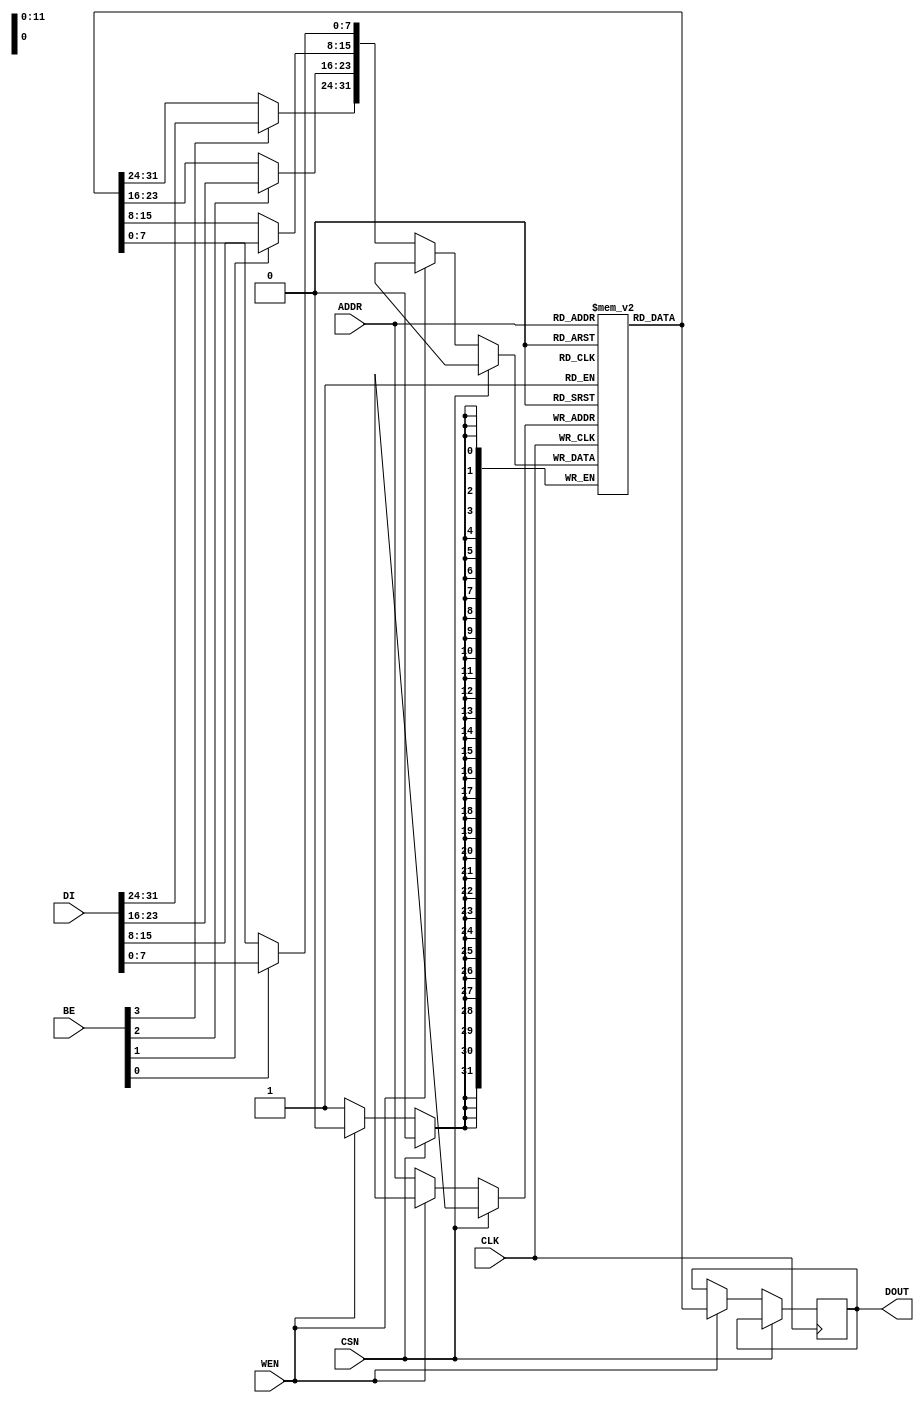
`timescale 1ns/10ps
module SP_SRAM #(parameter ROMDATA = "", AWIDTH = 12, SIZE = 4096) (
	input	wire			CLK,
	input	wire			CSN,//chip select negative??
	input	wire	[AWIDTH-1:0]	ADDR,
	input	wire			WEN,//write enable negative??
	input	wire	[3:0]		BE,//byte enable
	input	wire	[31:0]		DI, //data in
	output	wire	[31:0]		DOUT // data out
);

	reg		[31:0]		outline;
	reg		[31:0]		ram[0 : SIZE-1];
	reg		[31:0]		temp;

	initial
	begin
		if (ROMDATA != "")
			$readmemh(ROMDATA, ram);
	end

	assign #1 DOUT = outline;

	always @ (posedge CLK)
	begin

		if (~CSN)
		begin
			if (WEN) begin
				outline = ram[ADDR];
			end
			else
			begin
				temp = ram[ADDR];
				if (BE[0]) temp[7:0] = DI[7:0];
				if (BE[1]) temp[15:8] = DI[15:8];
				if (BE[2]) temp[23:16] = DI[23:16];
				if (BE[3]) temp[31:24] = DI[31:24];

				ram[ADDR] = temp;
			end
		end
	end

endmodule